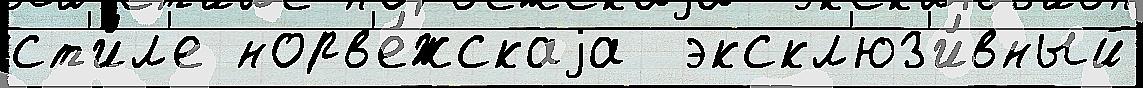
ст'и́л'е норв'е́жскаjа  экскл'юз'и́вный